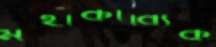
মহাকাব্যিক